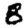
Digit: 8